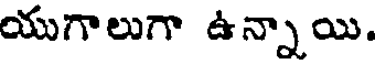
యుగాలుగా ఉన్నాయి.